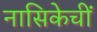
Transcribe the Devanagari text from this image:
नासिकेचीं